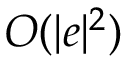
O ( | e | ^ { 2 } )